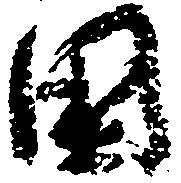
国